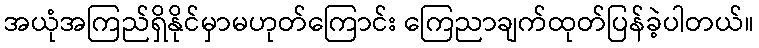
အယုံအကြည်ရှိနိုင်မှာမဟုတ်ကြောင်း ကြေညာချက်ထုတ်ပြန်ခဲ့ပါတယ်။